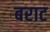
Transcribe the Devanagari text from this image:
बराट